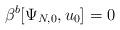
LaTeX: \begin{align*}\beta^b[\Psi_{N,0}, u_0] = 0\end{align*}